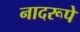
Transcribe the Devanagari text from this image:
नादरूपे